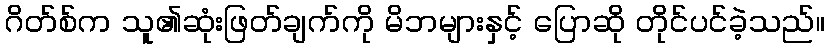
ဂိတ်စ်က သူ၏ဆုံးဖြတ်ချက်ကို မိဘများနှင့် ပြောဆို တိုင်ပင်ခဲ့သည်။